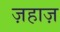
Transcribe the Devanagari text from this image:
ज़हाज़